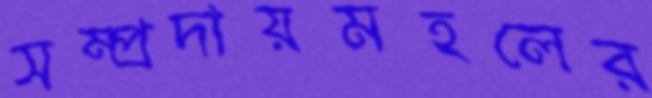
সম্প্রদায়মহলের